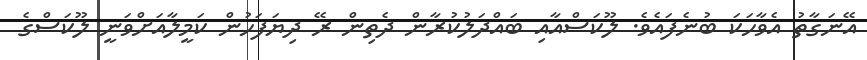
އޭނަގާތު އެވާހަކަ ބުނެފައެވެ. ލޫކަސްއާއި ބައްދަލުކުރާން ދެތިން ރޭ ދިޔަފަހުން ކަމީލާއަށްވަނީ ލޫކަސްގެ